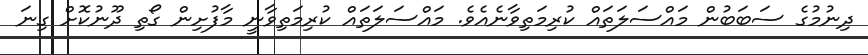
ދިނުމުގެ ސަބަބުން މައްސަލަތައް ކުރިމަތިވާނެއެވެ. މައްސަލަތައް ކުރިމަތިވާނީ މާފުށިން ގޯތި ދޫނުކޮށް ގިނަ